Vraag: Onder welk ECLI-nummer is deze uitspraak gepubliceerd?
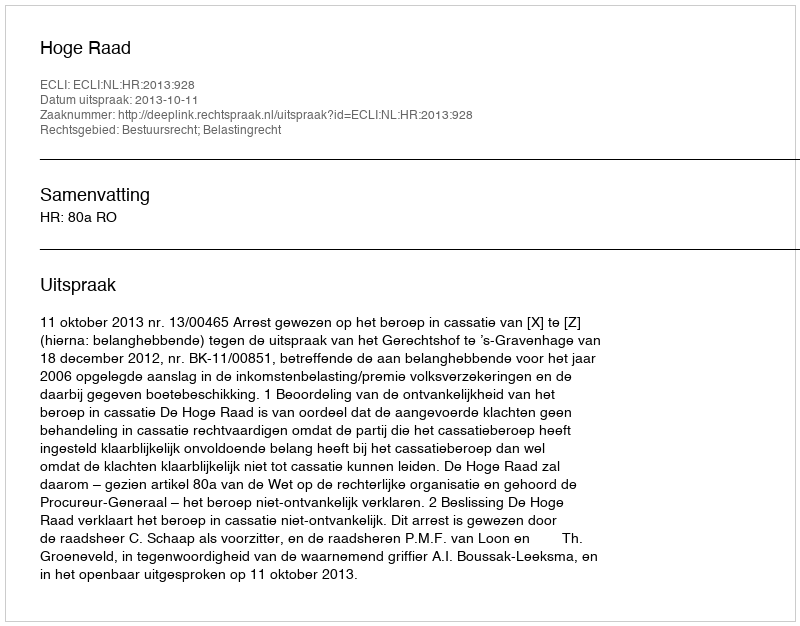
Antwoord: ECLI:NL:HR:2013:928